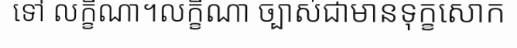
ទៅ លក្ខិណា។លក្ខិណា ច្បាស់ជាមានទុក្ខសោក